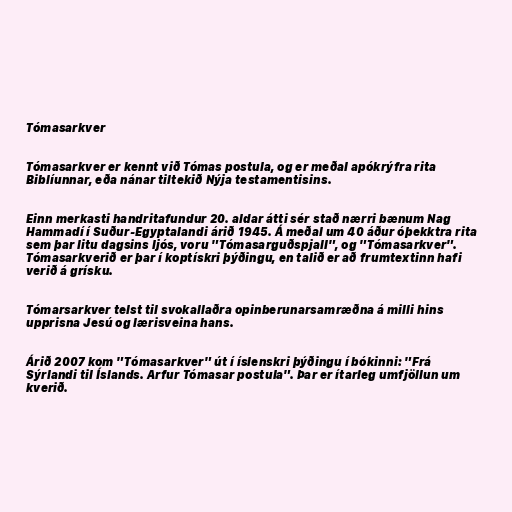
Tómasarkver

Tómasarkver er kennt við Tómas postula, og er meðal apókrýfra rita
Biblíunnar, eða nánar tiltekið Nýja testamentisins.

Einn merkasti handritafundur 20. aldar átti sér stað nærri bænum Nag
Hammadí í Suður-Egyptalandi árið 1945. Á meðal um 40 áður óþekktra rita
sem þar litu dagsins ljós, voru "Tómasarguðspjall", og "Tómasarkver".
Tómasarkverið er þar í koptískri þýðingu, en talið er að frumtextinn hafi
verið á grísku.

Tómarsarkver telst til svokallaðra opinberunarsamræðna á milli hins
upprisna Jesú og lærisveina hans.

Árið 2007 kom "Tómasarkver" út í íslenskri þýðingu í bókinni: "Frá
Sýrlandi til Íslands. Arfur Tómasar postula". Þar er ítarleg umfjöllun um
kverið.